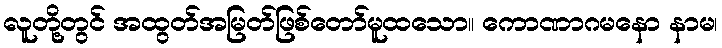
လူတို့တွင် အထွတ်အမြတ်ဖြစ်တော်မူထသော။ ကောဏာဂမနော နာမ၊